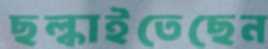
ছল্‌কাইতেছেন